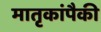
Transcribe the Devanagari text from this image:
मातृकांपैकी